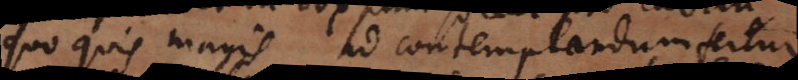
quo quis magis ad contemplandum fertur